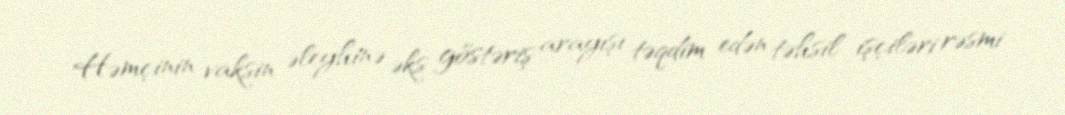
Həmçinin vaksin əleyhinə əks göstəriş arayışı təqdim edən təhsil işçiləri rəsmi